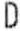
D